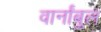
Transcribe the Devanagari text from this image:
वार्नांबुल